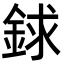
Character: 銶